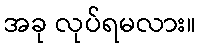
အခု လုပ်ရမလား။